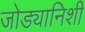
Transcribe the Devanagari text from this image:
जोड्यानिशी